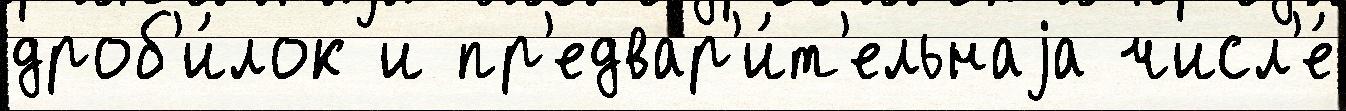
дроб'и́лок и пр'едвар'и́т'ельнаjа числ'е́